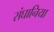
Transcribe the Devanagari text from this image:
संघानिया